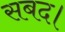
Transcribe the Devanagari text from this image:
सबद।